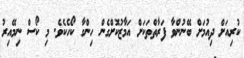
ކުރިއަށް ދިއުމަށް ބޭނުންވާ ފަރާތްތަކަށް އަމާޒުކޮށްގެން ހިންގާ ކޯހެކެވެ. މި ކޯސް ނިމޭއިރު